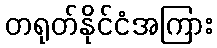
တရုတ်နိုင်ငံအကြား